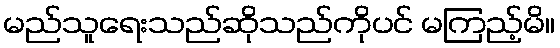
မည်သူရေးသည်ဆိုသည်ကိုပင် မကြည့်မိ။